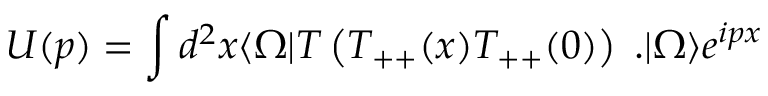
U ( p ) = \int d ^ { 2 } x \langle \Omega | T \left( T _ { + + } ( x ) T _ { + + } ( 0 ) \right) \; . | \Omega \rangle e ^ { i p x }